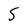
Character: 5